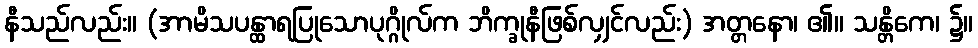
နီသည်လည်း။ (အာမိသပန္ထာရပြုသောပုဂ္ဂိုလ်က ဘိက္ခုနီဖြစ်လျှင်လည်း) အတ္တနော၊ ၏။ သန္တိကေ၊ ၌။